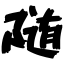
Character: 随